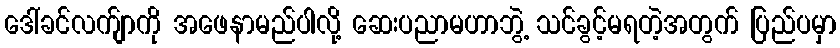
ဒေါ်ခင်လက်ျာကို အဖေနာမည်ပါလို့ ဆေးပညာမဟာဘွဲ့ သင်ခွင့်မရတဲ့အတွက် ပြည်ပမှာ